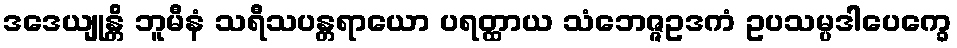
ဒဒေယျုန္တိ ဘူမီနံ သရီသပန္တရာယော ပရတ္ထာယ သံဘေဇ္ဇဥဒကံ ဥပသမ္ပဒါပေက္ခေ